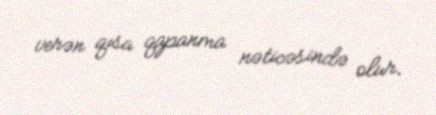
verən qısa qapanma nəticəsində olur.